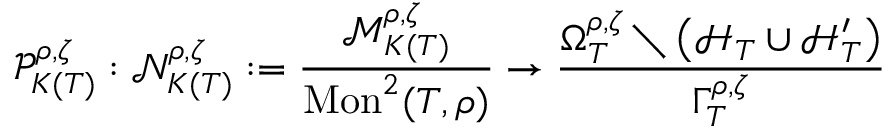
\mathcal { P } _ { K ( T ) } ^ { \rho , \zeta } : \mathcal { N } _ { K ( T ) } ^ { \rho , \zeta } : = \frac { \mathcal { M } _ { K ( T ) } ^ { \rho , \zeta } } { \mathrm { M o n } ^ { 2 } ( T , \rho ) } \to \frac { \Omega _ { T } ^ { \rho , \zeta } \setminus \left( \mathcal { H } _ { T } \cup \mathcal { H } _ { T } ^ { \prime } \right) } { \Gamma _ { T } ^ { \rho , \zeta } }